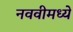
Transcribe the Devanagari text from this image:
नववीमध्ये